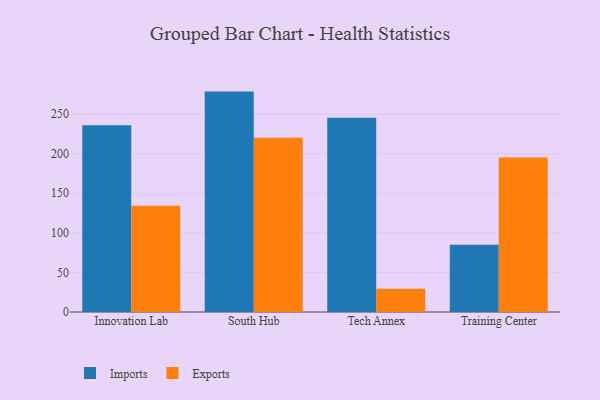
{"axis": {"x": "Campus", "y": "Satisfaction Score"}, "legend": ["Exports", "Imports"], "data": [{"x": "Innovation Lab", "y": 236.1, "type": "Imports"}, {"x": "Innovation Lab", "y": 134.4, "type": "Exports"}, {"x": "South Hub", "y": 278.5, "type": "Imports"}, {"x": "South Hub", "y": 220.3, "type": "Exports"}, {"x": "Tech Annex", "y": 245.3, "type": "Imports"}, {"x": "Tech Annex", "y": 29.4, "type": "Exports"}, {"x": "Training Center", "y": 84.9, "type": "Imports"}, {"x": "Training Center", "y": 195.2, "type": "Exports"}]}